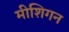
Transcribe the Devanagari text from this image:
मीशिगन